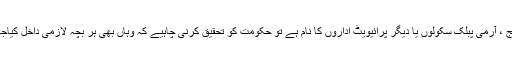
آج پورے ملک میں اگر لارنس کالج ، ایچی سن کالج ، آرمی پبلک سکولوں یا دیگر پرائیویٹ اداروں کا نام ہے تو حکومت کو تحقیق کرنی چاہیے کہ وہاں بھی ہر بچہ لازمی داخل کیاجاتا ہے یا وہاں داخلہ میرٹ کی بنیاد پر کیاجاتا ہے؟